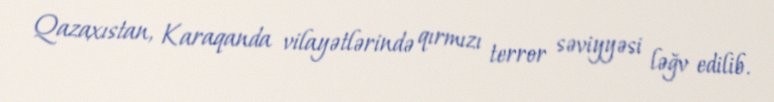
Qazaxıstan, Karaqanda vilayətlərində qırmızı terror səviyyəsi ləğv edilib.